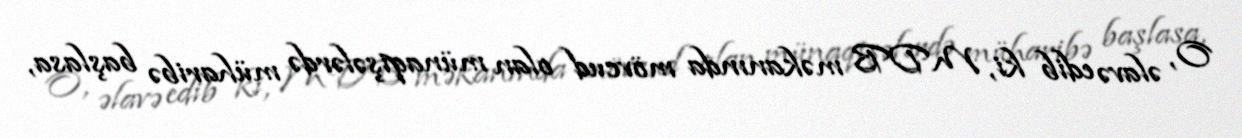
O, əlavə edib ki, MDB məkanında mövcud olan münaqişələrdə müharibə başlasa,